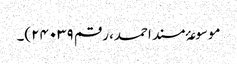
موسوعۂ مسند احمد، رقم ۲۴۰۳۹)۔